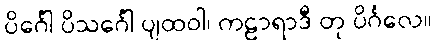
ပိင်္ဂေါ ပိသင်္ဂေါ ပျထဝါ၊ ကဠာရာဒီ တု ပိင်္ဂလေ။